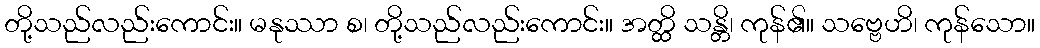
တို့သည်လည်းကောင်း။ မနုဿာ စ၊ တို့သည်လည်းကောင်း။ အတ္ထိ သန္တိ၊ ကုန်၏။ သဗ္ဗေဟိ၊ ကုန်သော။